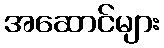
အဆောင်များ